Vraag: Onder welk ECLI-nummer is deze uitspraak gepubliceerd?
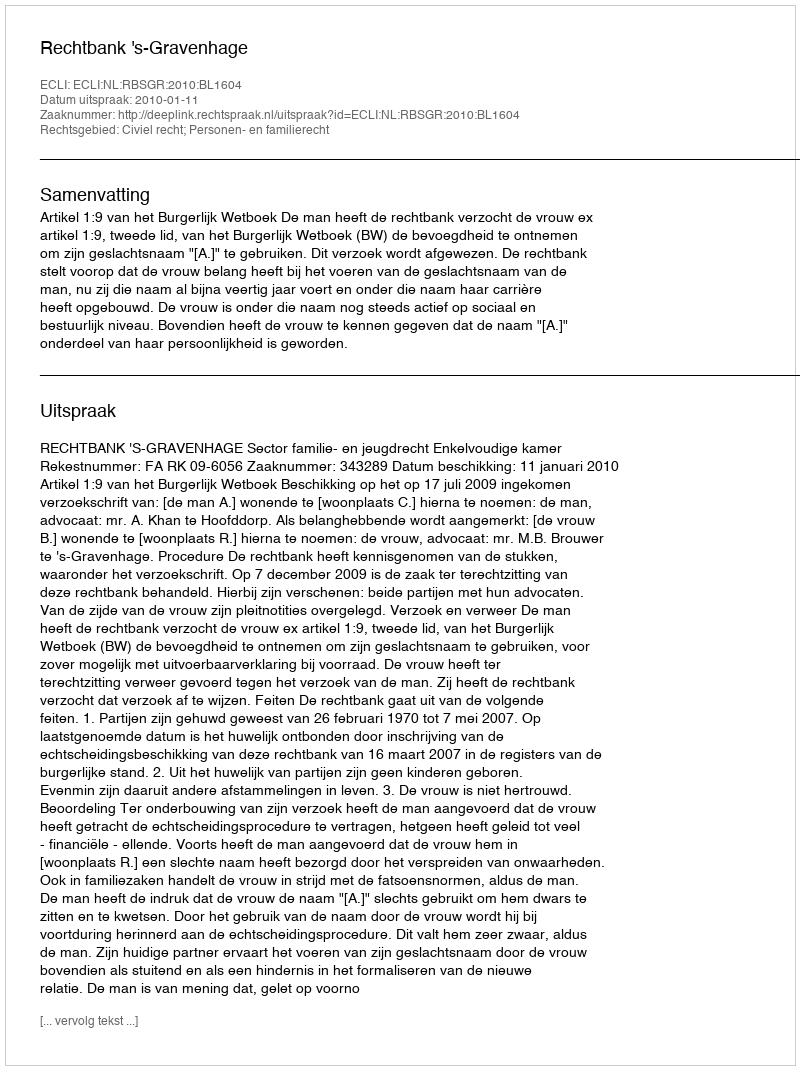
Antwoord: ECLI:NL:RBSGR:2010:BL1604